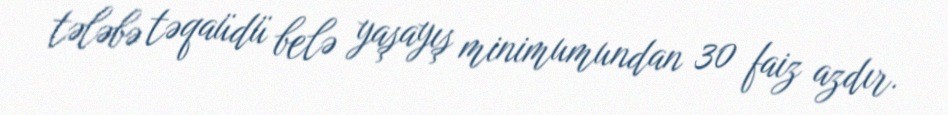
tələbə təqaüdü belə yaşayış minimumundan 30 faiz azdır.